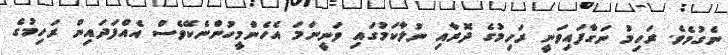
ނެގުމެވެ. ރަހިމު ނަގާފައިވަނީ ރަހިމުގެ ދޮރާއި ނުލާކަމުގައި ވަނީނަމަ އެހެންމީހުންނެކޭވެސް އެއްފަދައިން ރަހިމުގެ